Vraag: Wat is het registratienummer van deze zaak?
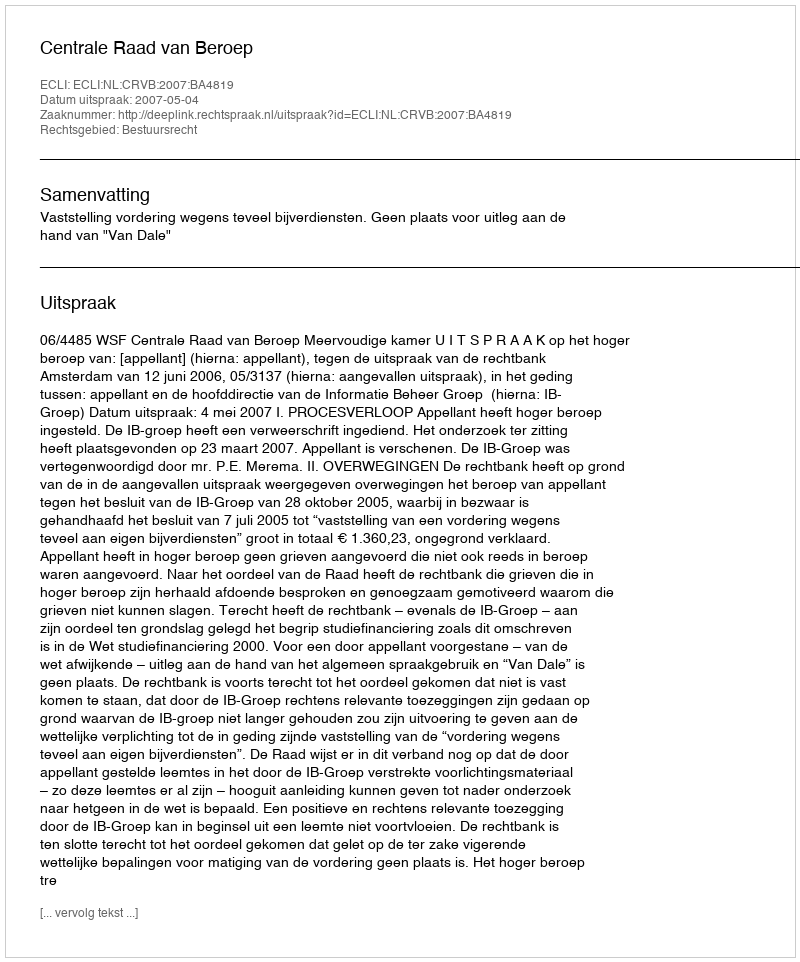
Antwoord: http://deeplink.rechtspraak.nl/uitspraak?id=ECLI:NL:CRVB:2007:BA4819